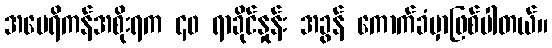
အမေရိကန်အစိုးရက ၄၀ ရာခိုင်နှုန်း အခွန် ကောက်ခံမှာဖြစ်ပါတယ်။